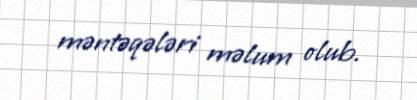
məntəqələri məlum olub.